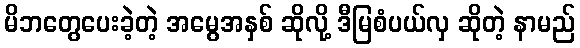
မိဘတွေပေးခဲ့တဲ့ အမွေအနှစ် ဆိုလို့ ဒီမြစံပယ်လှ ဆိုတဲ့ နာမည်